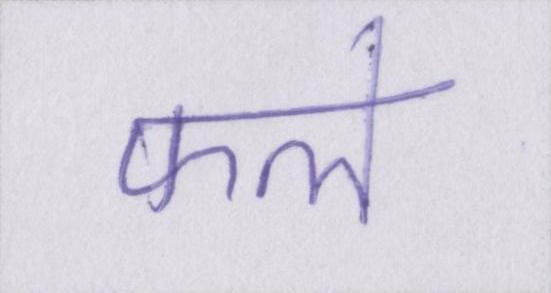
फले